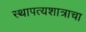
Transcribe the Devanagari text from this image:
स्थापत्यशात्राचा